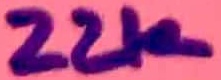
Text: 22K